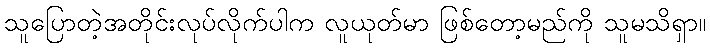
သူပြောတဲ့အတိုင်းလုပ်လိုက်ပါက လူယုတ်မာ ဖြစ်တော့မည်ကို သူမသိရှာ။